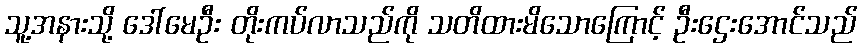
သူ့အနားသို့ ဒေါ်မေဦး တိုးကပ်လာသည်ကို သတိထားမိသောကြောင့် ဦးဌေးအောင်သည်